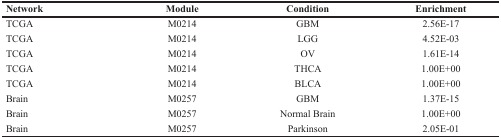
| Network | Module | Condition | Enrichment |
 | --- | --- | --- | --- |
 | TCGA | M0214 | GBM | 2.56E-17 |
 | TCGA | M0214 | LGG | 4.52E-03 |
 | TCGA | M0214 | OV | 1.61E-14 |
 | TCGA | M0214 | THCA | 1.00E+00 |
 | TCGA | M0214 | BLCA | 1.00E+00 |
 | Brain | M0257 | GBM | 1.37E-15 |
 | Brain | M0257 | Normal Brain | 1.00E+00 |
 | Brain | M0257 | Parkinson | 2.05E-01 |